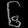
Digit: ၆